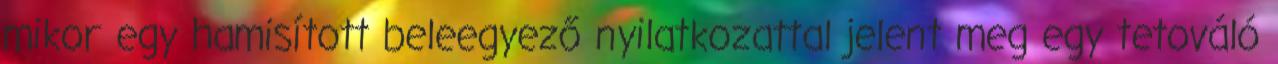
mikor egy hamisított beleegyező nyilatkozattal jelent meg egy tetováló